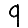
Digit: 9